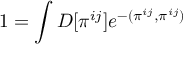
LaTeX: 1 = \int D [ \pi ^ { i j } ] e ^ { - ( \pi ^ { i j } , \pi ^ { i j } ) }